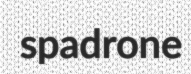
spadrone